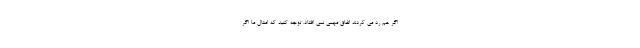
اگر هم رد می کردند اتفاق مهمی نمی افتاد. توجه کنید که امثال ما اگر